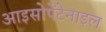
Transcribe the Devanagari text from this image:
आइसोपेंटेनाइल